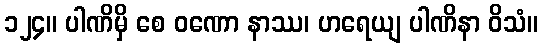
၁၂၄။ ပါဏိမှိ စေ ဝဏော နာဿ၊ ဟရေယျ ပါဏိနာ ဝိသံ။